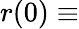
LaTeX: r(0)\equiv